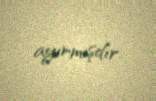
ayırmışdır.